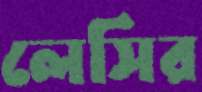
লেসির